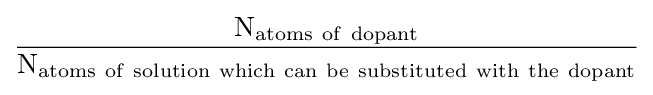
\mathrm {\frac {N_{\mathrm {atoms\ of\ dopant} }}{N_{\mathrm {atoms\ of\ solution\ which\ can\ be\ substituted\ with\ the\ dopant} }}}